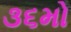
૩૬મો